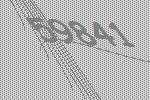
59841